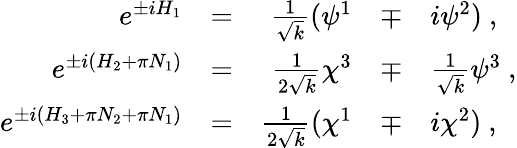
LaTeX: \begin{array}{rcrcl}{{e^{\pm iH_{1}}}}&{{=}}&{{\frac 1{\sqrt{k}}(\psi^{1}}}&{{\mp}}&{{i\psi^{2})~,}}\\ {{e^{\pm i(H_{2}+\pi N_{1})}}}&{{=}}&{{{\frac{1}{2\sqrt{k}}}\chi^{3}}}&{{\mp}}&{{{\frac{1}{\sqrt{k}}}\psi^{3}~,}}\\ {{e^{\pm i(H_{3}+\pi N_{2}+\pi N_{1})}}}&{{=}}&{{\frac 1{2\sqrt{k}}(\chi^{1}}}&{{\mp}}&{{i\chi^{2})~,}}\end{array}